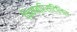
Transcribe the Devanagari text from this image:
फ़िम्ब्रिस्टिलिस